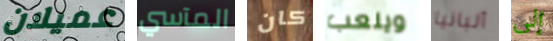
عميلان المآسي كان ويلعب ألبانيا إلى